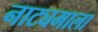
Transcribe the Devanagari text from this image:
नाट्यमाला